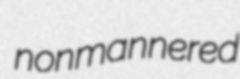
nonmannered